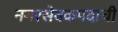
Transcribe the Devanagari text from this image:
नगरसेवकपदाची